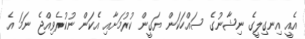
އެއީ އިނގިލީގެ ނިޝާނުގެ ސައްހަކަން ޔަގީން ކުރުމަށާއި އެކަން ނުކުރެވިއްޖެ ނަމަ އެ